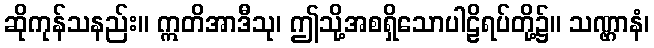
ဆိုကုန်သနည်း။ ဣတိအာဒီသု၊ ဤသို့အစရှိသောပါဠိရပ်တို့၌။ သဏ္ဌာနံ၊